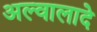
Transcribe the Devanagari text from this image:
अल्वालादे